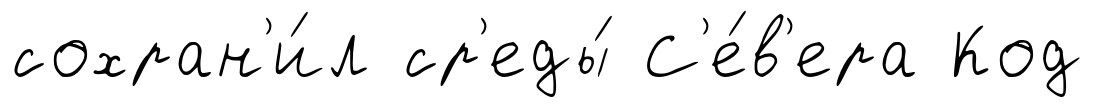
сохран'и́л ср'еды́ С'е́в'ера Код